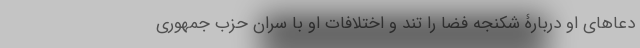
دعاهای او دربارۀ شکنجه فضا را تند و اختلافات او با سران حزب جمهوری